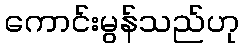
ကောင်းမွန်သည်ဟု